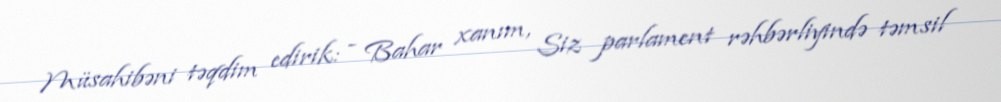
Müsahibəni təqdim edirik: - Bahar xanım, Siz parlament rəhbərliyində təmsil